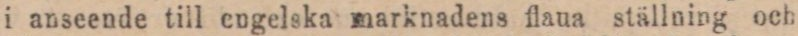
i anseende till engelska marknadens flaua ställning och